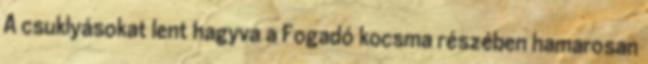
A csuklyásokat lent hagyva a Fogadó kocsma részében hamarosan